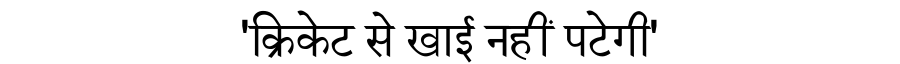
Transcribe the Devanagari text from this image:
'क्रिकेट से खाई नहीं पटेगी'